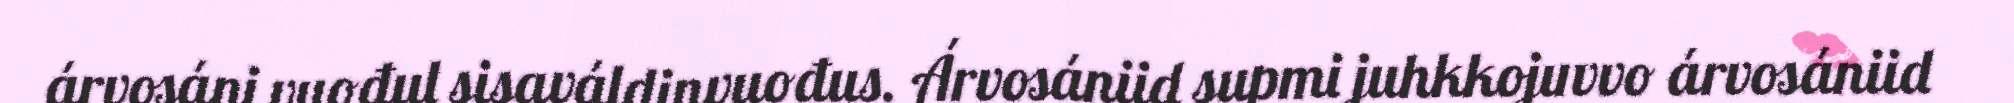
árvosáni vuođul sisaváldinvuođus. Árvosániid supmi juhkkojuvvo árvosániid